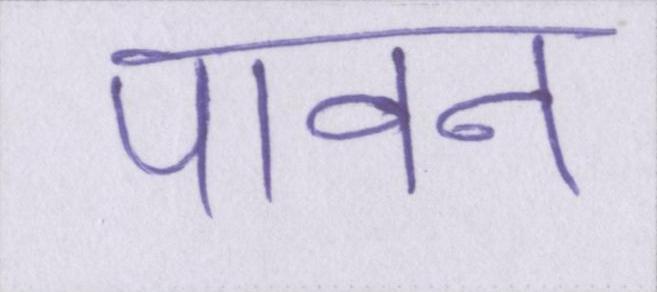
पावन